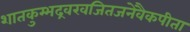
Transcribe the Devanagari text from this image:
शातकुम्भद्रवखजितजनेवैकपीता